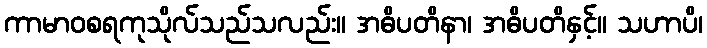
ကာမာဝစရကုသိုလ်သည်သလည်း။ အဓိပတိနာ၊ အဓိပတိနှင့်။ သဟာပိ၊